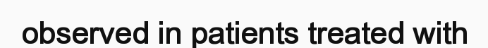
observed in patients treated with